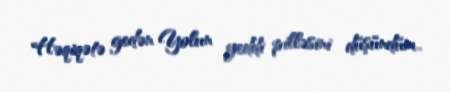
Həqiqətə gedən Yolun yeddi pilləsini düşündüm..